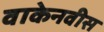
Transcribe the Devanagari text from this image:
वाकेनवीस